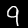
Label: 9